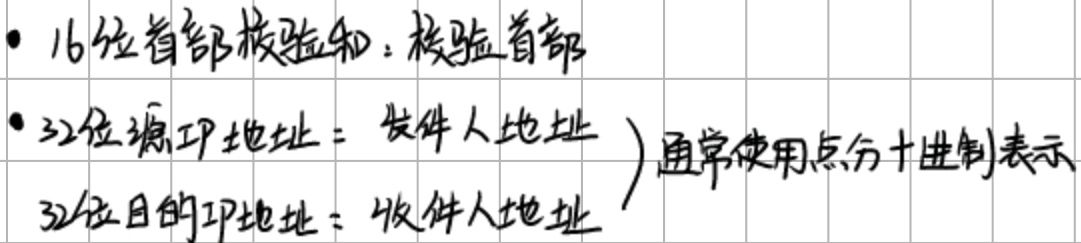
- 16位首部校验和：校验首部
- 32位源IP地址：发件人地址
- 32位目的IP地址：收件人地址
)通常使用点分十进制表示